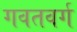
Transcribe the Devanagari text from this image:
गवतवर्ग